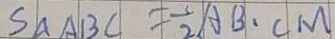
S _ { \Delta } A B C = \frac { 1 } { 2 } A B \cdot C M